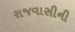
રાજવાસીની